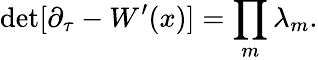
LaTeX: \mathrm{{det}}[\partial_{\tau}-W^{\prime}(x)]=\prod_{m}\lambda_{m}.